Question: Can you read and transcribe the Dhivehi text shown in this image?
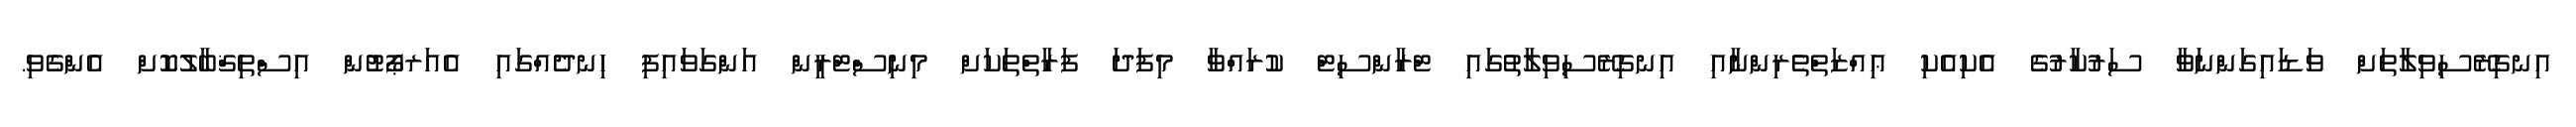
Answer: އިނގިރޭސިވިލާތަށް ވަޑައިގަންނަވާ ސަރުކާރުގެ އެކިއެކި ޢިއްޒަތްތެރިންނާއި އިނގިރޭސިވިލާތުގައި ޓްރާންސިޓް ކުރައްވާ މިފަދަ ފަރާތްތަކަށް މިނިސްޓްރީން އަންގަވައިފި ހިނދެއްގައި އެއަރޕޯޓުން އިސްތިޤްބާލުކޮށް އެންގެވި.